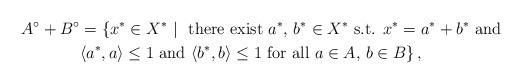
LaTeX: \begin{align*}A^\circ + B^\circ &= \{x^* \in X^* \ | \ \mbox{ there exist } a^*,\, b^*\in X^* \mbox{ s.t. } x^*=a^*+b^* \mbox{ and }\\&\langle a^*, a \rangle \le 1 \mbox{ and } \langle b^*, b \rangle \le 1 \mbox{ for all } a\in A, \, b\in B \} \, ,\end{align*}